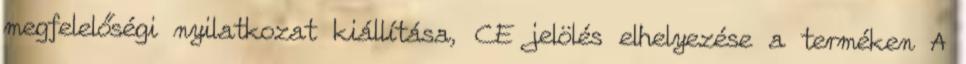
megfelelőségi nyilatkozat kiállítása, CE jelölés elhelyezése a terméken A